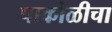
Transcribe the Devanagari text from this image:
पाकोळीचा